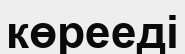
көрееді